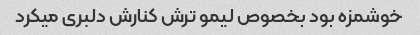
خوشمزه بود بخصوص لیمو ترش کنارش دلبری میکرد